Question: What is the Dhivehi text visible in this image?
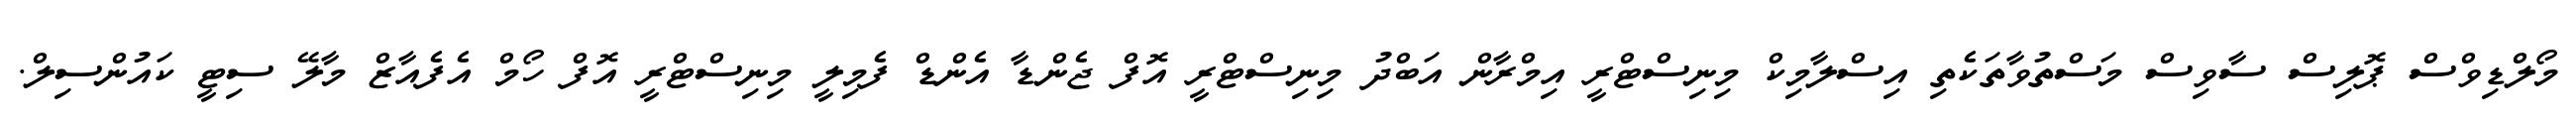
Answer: މޯލްޑިވްސް ޕޮލިސް ސާވިސް މަސްތުވާތަކެތި އިސްލާމިކް މިނިސްޓްރީ އިމްރާން އަބްދު މިނިސްޓްރީ އޮފް ޖެންޑާ އެންޑް ފެމިލީ މިނިސްޓްރީ އޮފް ހޯމް އެފެއާޒް މާލޭ ސިޓީ ކައުންސިލް.